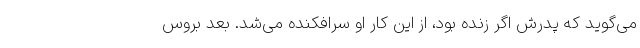
می‌گوید که پدرش اگر زنده بود، از این کار او سرافکنده می‌شد. بعد بروس